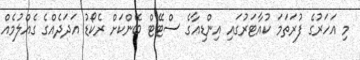
މި އަހަރުގެ ފުރަތަމަ ކުއާޓަރުގައި އިންޑިއާގެ ސްޓޭޓް ބޭންކަށް ރެކޯޑު އަދަދެއްގެ ގެއްލުމެއް